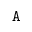
\mathtt { A }